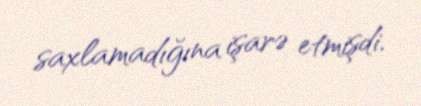
saxlamadığına işarə etmişdi.